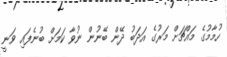
ހުމާމުގެ މައްޗަށް މަރުގެ އަދަބު ދޭން ބޭނުން ނުވާ ކަމަށް ބުނެފައި ވަނީ